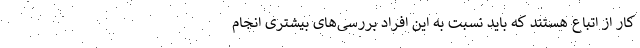
کار از اتباع هستند که باید نسبت به این افراد بررسی‌های بیشتری انجام